Newspaper: The Magnolia gazette. [volume]
Place of publication: Magnolia, Miss.
Publisher: J.D. Burke
Date: 1880-05-14 00:00:00
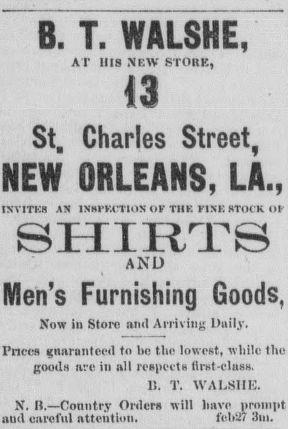
Advertisement text (OCR):
B. T. WALSHE, AT 1I1S NEW STORK, (3 St, Charles Street, NEW ORLEANS, LA M INVITES AN INSPECTION OF THE PINE STOCK Ot SHIRTS AND Men's Furnishing Goods, Now in St 01*0 and Arriving Daily. Prices guaranteed to bo the lowest, while the goods are in all respects first-class. lî. T. WALSHE. N. B.—Country Orders will bave prompt aud careful attention. feb27 3m.
Label: text-only